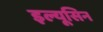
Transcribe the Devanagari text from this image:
इल्यूसिन